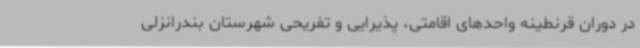
در دوران قرنطینه واحدهای اقامتی، پذیرایی و تفریحی شهرستان بندرانزلی